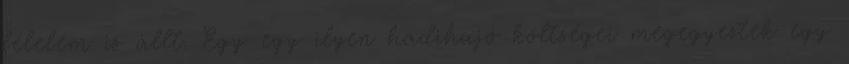
félelem is állt. Egy-egy ilyen hadihajó költségei megegyeztek egy